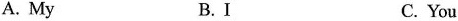
A.My B.I C.You